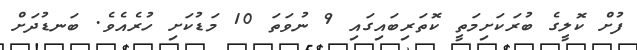
ފުށް ކޮލީގެ ބުރަކަށިމަތީ ކޮތަރިބައިގައި 9 ނުވަތަ 10 މަޑުކަށި ހުރެއެވެ. ބަނޑުދަށް